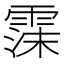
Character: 𬰃